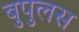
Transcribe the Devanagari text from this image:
बुपुलस